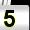
Digit: 5